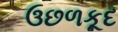
ઉછળકૂદ